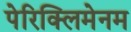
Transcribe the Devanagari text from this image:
पेरिक्लिमेनम